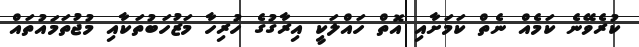
ކުރެވޭނެ ކަމެއް ނެތް ކަމަށާއި އޮތް ހައްލަކީ އިރާގުގެ ހުރިހާ މަޒުހަބުތަކާއި މުޖުތަމައުތައް